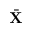
\bar { \mathbf X }